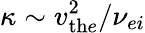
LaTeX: \kappa\sim v_{\mathrm{th}e}^{2}/\nu_{ei}